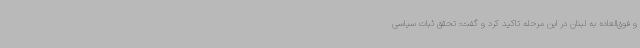
و فوق‌العاده به لبنان در این مرحله تاکید کرد و گفت: تحقق ثبات سیاسی